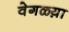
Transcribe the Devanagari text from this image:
वेगळ्य़ा